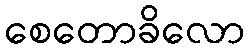
စေတောခိလော